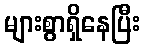
များစွာရှိနေပြီး